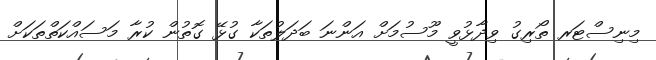
މިނިސްޓަރ ތޯރިގު ވިދާޅުވީ މޫސުމަށް އަންނަ ބަދަލުތަކާ ގުޅޭ ގޮތުން ކުރާ މަސައްކަތްތަކަށް